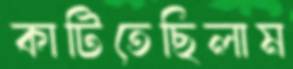
কাটিতেছিলাম